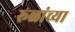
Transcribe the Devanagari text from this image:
रूळांच्या